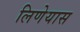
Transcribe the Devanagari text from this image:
लिणेयास